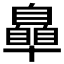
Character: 𮍞